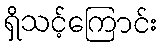
ရှိသင့်ကြောင်း